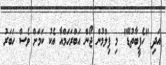
އަދި "ހެޕީބާތުޑޭ" މި ފިލްމުން ޖޯން އަބްރަހަމްއާ އެކު ކަމަށް ވެސް ހަބަރު